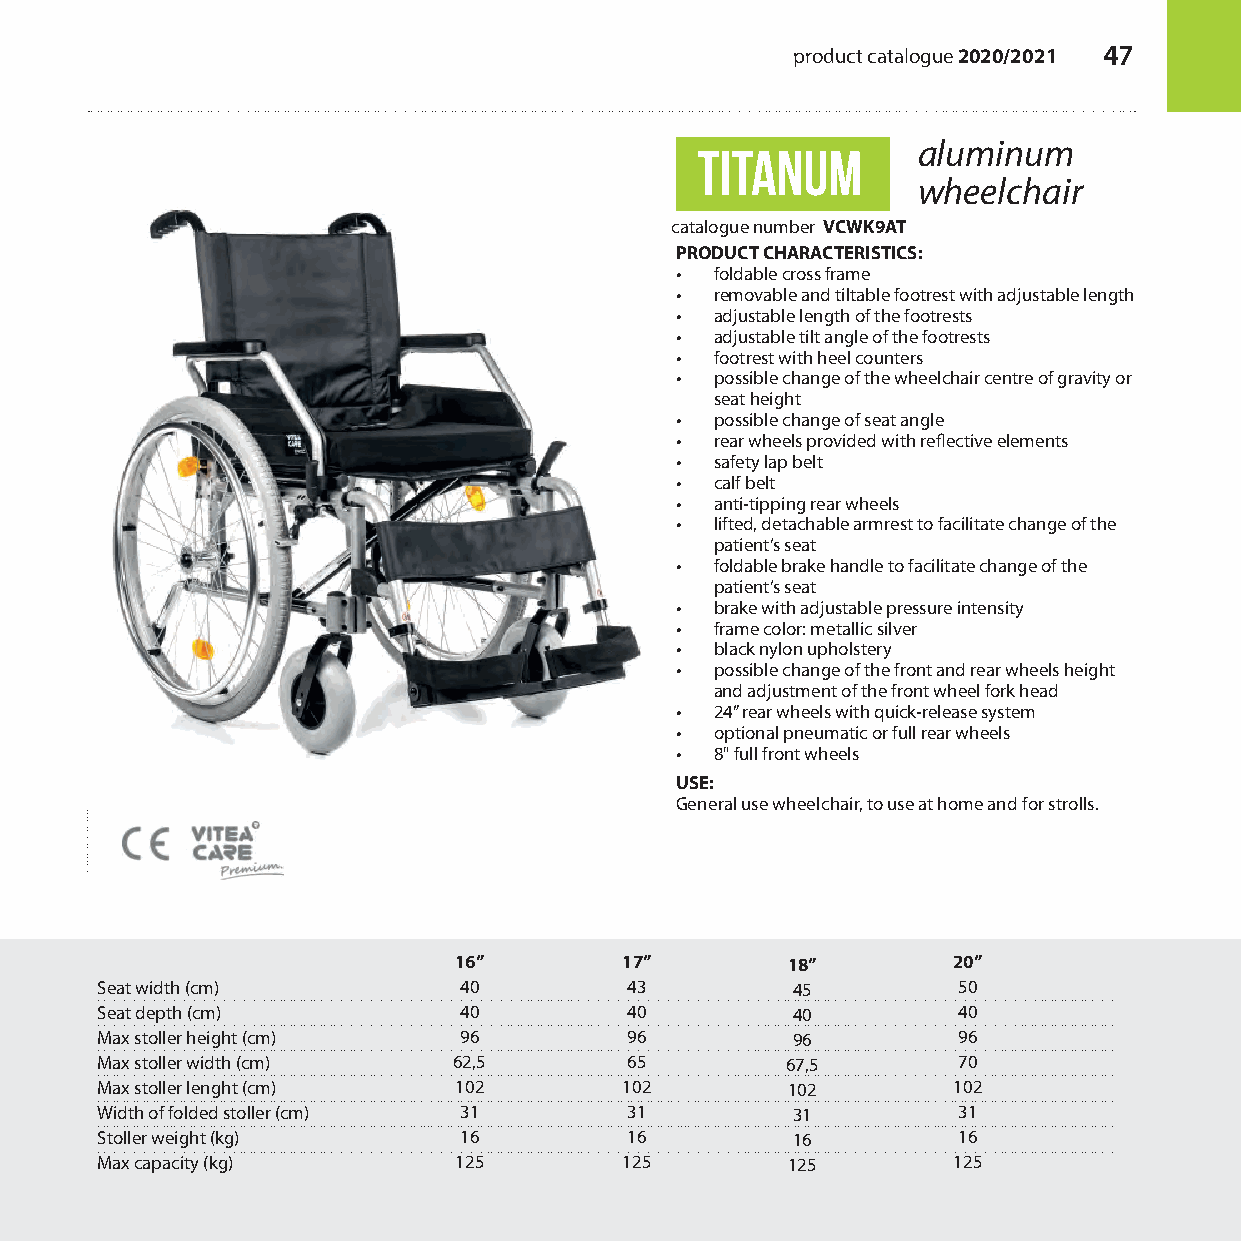
product catalogue 2020/2021 47
 titanum        aluminum
 wheelchair
 catalogue number VCWK9AT
 PRODUCT CHARACTERISTICS:
 • foldable cross frame
 • removable and tiltable footrest with adjustable length
 • adjustable length of the footrests
 • adjustable tilt angle of the footrests
 • footrest with heel counters
 • possible change of the wheelchair centre of gravity or
 seat height
 • possible change of seat angle
 • rear wheels provided with reflective elements
 • safety lap belt
 • calf belt
 • anti-tipping rear wheels
 • lifted, detachable armrest to facilitate change of the
 patient’s seat
 • foldable brake handle to facilitate change of the
 patient’s seat
 • brake with adjustable pressure intensity
 • frame color: metallic silver
 • black nylon upholstery
 • possible change of the front and rear wheels height
 and adjustment of the front wheel fork head
 • 24” rear wheels with quick-release system
 • optional pneumatic or full rear wheels
 • 8" full front wheels
 USE:
 General use wheelchair, to use at home and for strolls.
 16”        17”        18”        20”
 Seat width (cm)         40         43         45         50
 Seat depth (cm)         40         40         40         40
 Max stoller height (cm) 96         96         96         96
 Max stoller width (cm)  62,5       65         67,5       70
 Max stoller lenght (cm) 102        102        102        102
 Width of folded stoller (cm) 31    31         31         31
 Stoller weight (kg)     16         16         16         16
 Max capacity (kg)       125        125        125        125